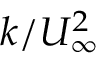
k / U _ { \infty } ^ { 2 }